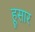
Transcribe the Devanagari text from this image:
हूसार